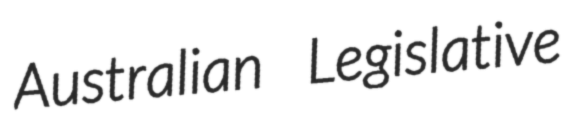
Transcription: Australian Legislative